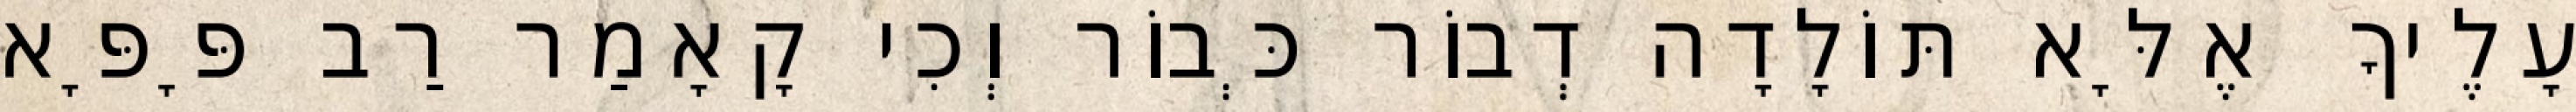
עָלֶיךָ אֶלָּא תּוֹלָדָה דְבוֹר כְּבוֹר וְכִי קָאָמַר רַב פָּפָּא